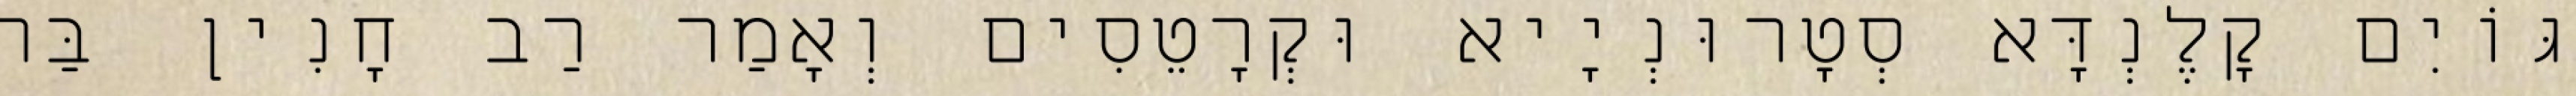
גּוֹיִם קָלֶנְדָּא סְטָרוּנְיָיא וּקְרָטֵסִים וְאָמַר רַב חָנִין בַּר